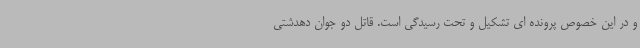
و در این خصوص پرونده ای تشکیل و تحت رسیدگی است. قاتل دو جوان دهدشتی